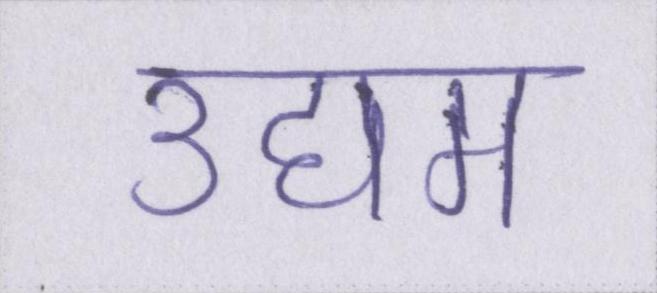
उद्यम